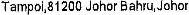
TAMPOI,81200 JOHOR BAHRU,JOHOR